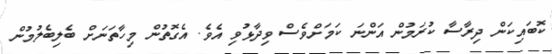
ކޮބައިކަން ދިރާސާ ކުރަމުން އަންނަ ކަމަށްވެސް ވިދާޅުވި އެވެ. އެގޮތުން މިހާތަނަށް ބެލިބެލުމުން